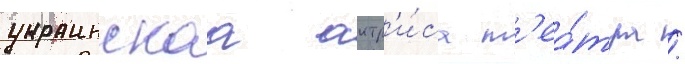
украинскаа актр'и́са т'еа́тра /